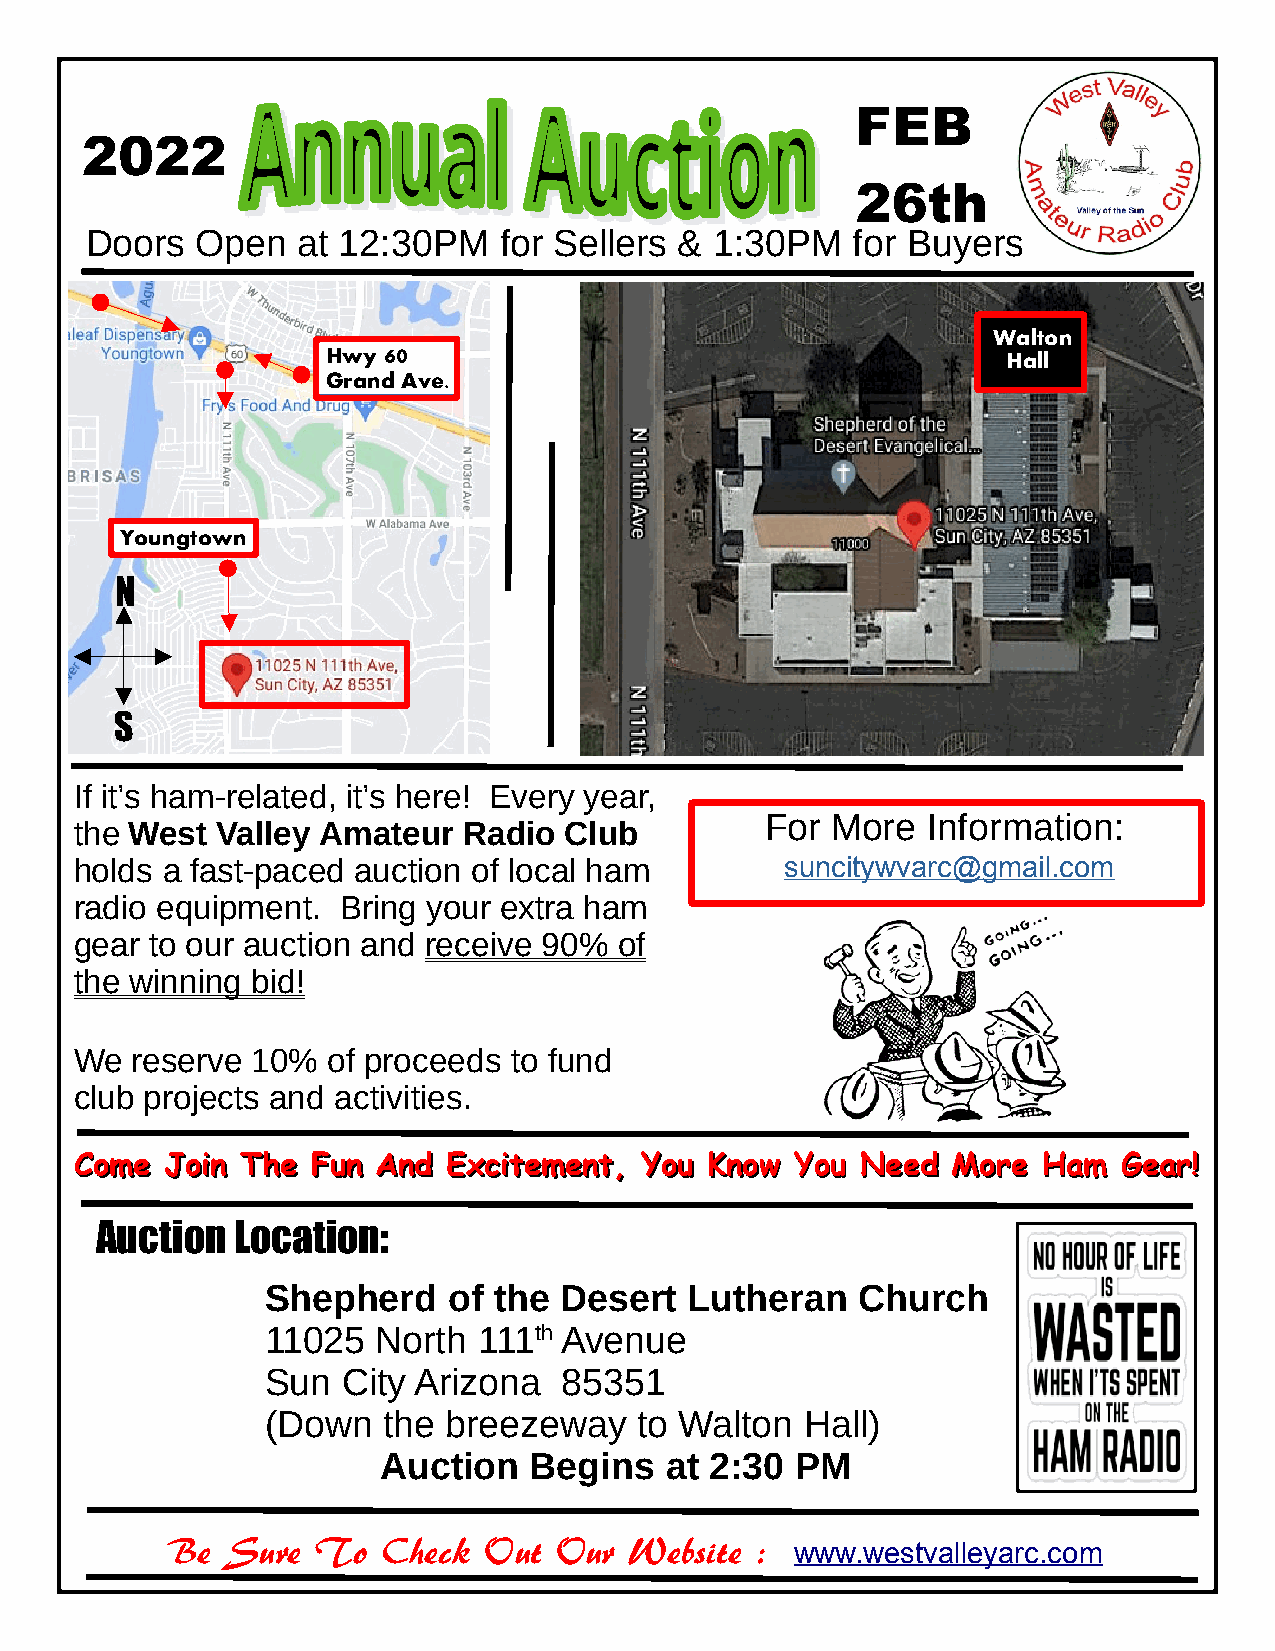
FEB
 2022
 26th
 Doors  Open   at 12:30PM   for Sellers & 1:30PM   for Buyers
 Walton
 Hwy 60                                       Hall
 Grand Ave.
 Youngtown
 N
 S
 If it’s ham-related, it’s here! Every year,
 For More  Information:
 the West Valley Amateur   Radio Club
 holds a fast-paced auction of local ham        suncitywvarc@gmail.com
 radio equipment.  Bring your extra ham
 gear to our auction and receive 90% of
 the winning bid!
 We  reserve 10%  of proceeds to fund
 club projects and activities.
 CCoommee JJooiinn TThhee FFuunn AAnndd EExxcciitteemmeenntt,, YYoouu KKnnooww YYoouu NNeeeedd MMoorree HHaamm GGeeaarr!!
 Auction   Location:
 Shepherd    of the Desert   Lutheran   Church
 11025  North  111th Avenue
 Sun  City Arizona  85351
 (Down  the  breezeway   to Walton  Hall)
 Auction   Begins   at 2:30  PM
 Be  Sure  To  Check  Out  Our  Website :  www.westvalleyarc.com